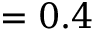
= 0 . 4